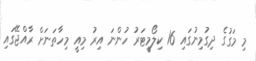
މި މަގުގެ ދިގުމިނުގައި 16 ކިލޯމީޓަރު ހުންނަ އިރު މިއީ މިހާތަނަށް ރާއްޖޭގައި